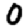
Digit: 0